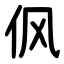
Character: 㐽